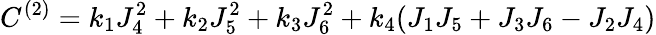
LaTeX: C^{(2)}=k_{1}J_{4}^{2}+k_{2}J_{5}^{2}+k_{3}J_{6}^{2}+k_{4}(J_{1}J_{5}+J_{3}J_{6}-J_{2}J_{4})